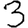
Digit: 3